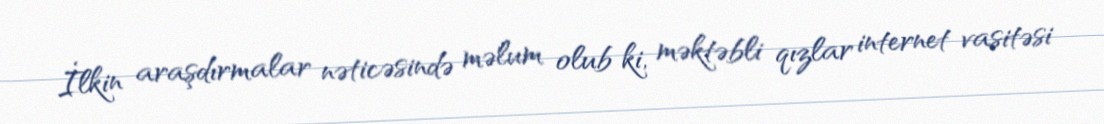
İlkin araşdırmalar nəticəsində məlum olub ki, məktəbli qızlar internet vasitəsi